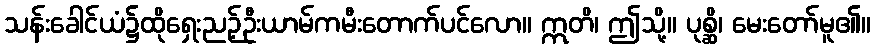
သန်းခေါင်ယံ၌ထိုရှေးညဉ့်ဦးယာမ်ကမီးတောက်ပင်လော။ ဣတိ၊ ဤသို့။ ပုစ္ဆိ၊ မေးတော်မူ၏။